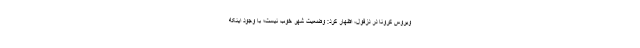
ویروس کرونا در دزفول، اظهار کرد: وضعیت شهر خوب نیست؛ با وجود اینکه